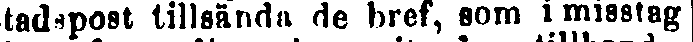
tadspost tillsända de bref, som i misstag